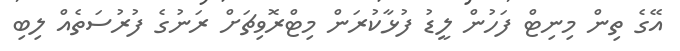
އޭގެ ތިން މިނިޓް ފަހުން ލީޑު ފުޅާކުރަން މިޓްރޮވިޗަށް ރަނުގެ ފުރުސަތެއް ލިބި